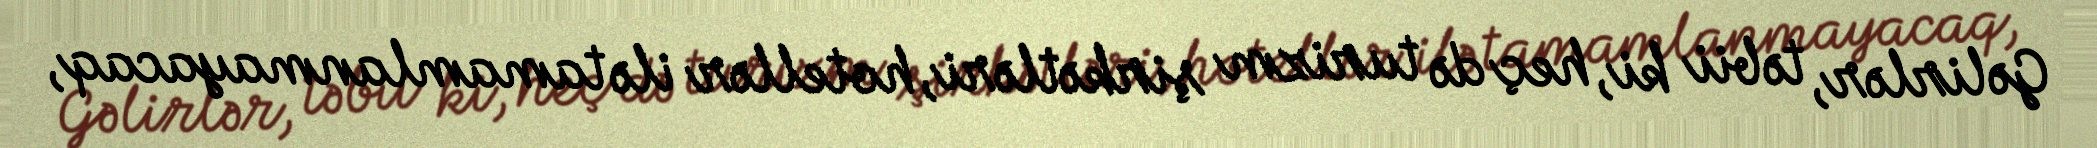
Gəlirlər, təbii ki, heç də turizm şirkətləri, hotellər ilə tamamlanmayacaq,